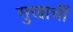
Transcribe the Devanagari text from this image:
सुखाचीं